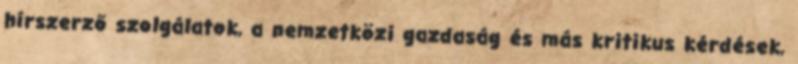
hírszerző szolgálatok, a nemzetközi gazdaság és más kritikus kérdések,